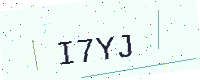
Text: I7YJ